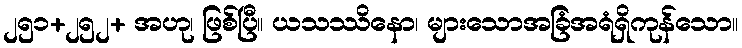
၂၅၁+၂၅၂+ အဟု၊ ဖြစ်ပြီ။ ယသဿိနော၊ များသောအခြံအရံရှိကုန်သော။